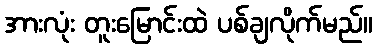
အားလုံး တူးမြောင်းထဲ ပစ်ချလိုက်မည်။